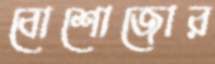
বোশোজোর